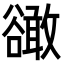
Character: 豃